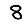
Digit: 8